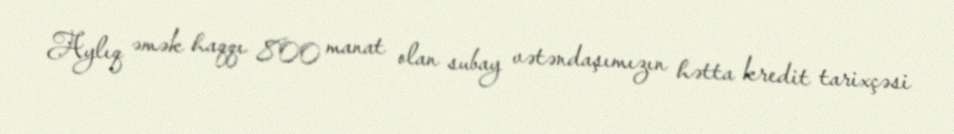
Aylıq əmək haqqı 800 manat olan subay vətəndaşımızın hətta kredit tarixçəsi